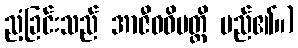
ညံ့ခြင်းသည် အာဇီဝဝိပတ္တိ မည်၏။)